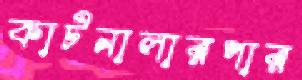
কাটনালারপার